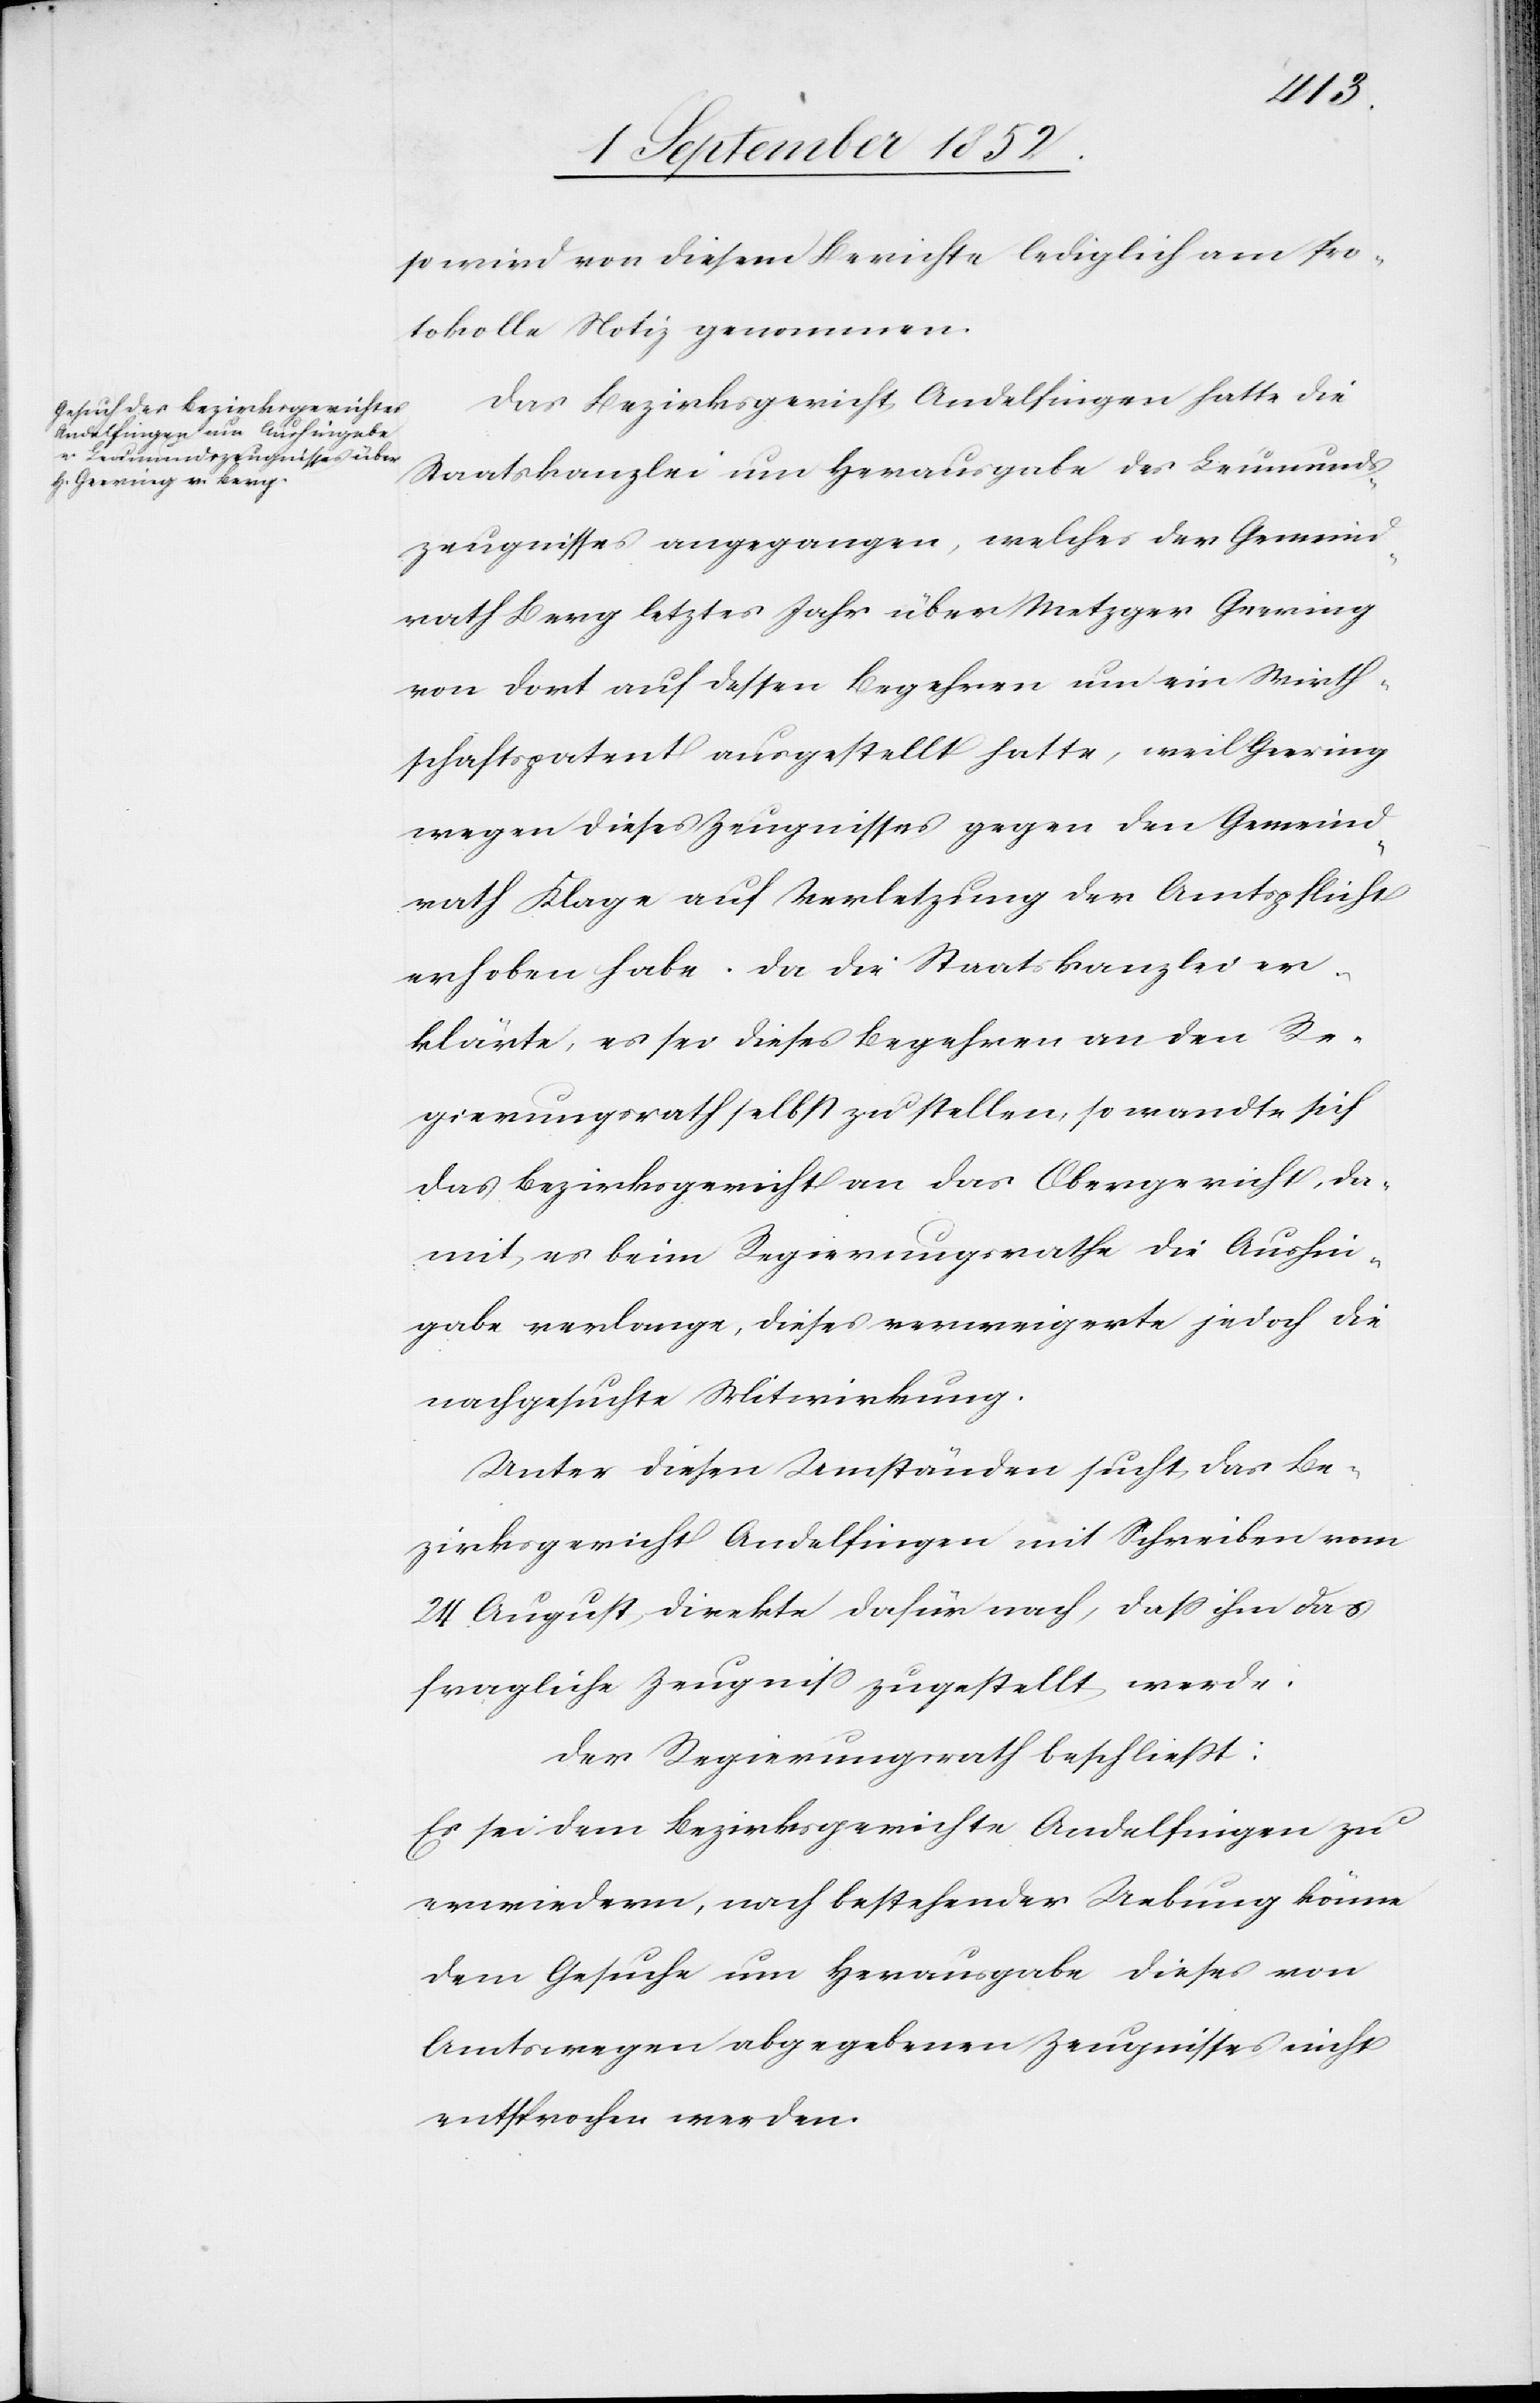
so wird von diesem Berichte lediglich am Pro¬
tokolle Notiz genommen.
Das Bezirksgericht Andelfingen hatte die
Staatskanzlei um Herausgabe des Leumunds¬
zeugnisses angegangen, welches der Gemeind¬
rath Berg letztes Jahr über Metzger Geering
von dort auf dessen Begehren um ein Wirth¬
schaftspatent ausgestellt hatte, weil Geering
wegen dieses Zeugnisses gegen den Gemeind¬
rath Klage auf Verletzung der Amtspflicht
erhoben habe. Da die Staatskanzlei er¬
klärte, es sei dieses Begehren an den Re¬
gierungsrath selbst zu stellen, so wandte sich
das Bezirksgericht an das Obergericht, da¬
mit es beim Regierungsrathe die Aushin¬
gabe verlange, dieses verweigerte jedoch die
nachgesuchte Mitwirkung.
Unter diesen Umständen sucht das Be¬
zirksgericht Andelfingen mit Schreiben vom
24 August direkte dafür nach, dass ihm das
fragliche Zeugniss zugestellt werde.
Der Regierungsrath beschließt:
Es sei dem Bezirksgerichte Andelfingen zu
erwiedern, nach bestehender Uebung könne
dem Gesuche um Herausgabe dieses von
Amtswegen abgegebenen Zeugnisses nicht
entsprochen werden.